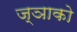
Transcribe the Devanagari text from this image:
ज्ञाको